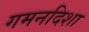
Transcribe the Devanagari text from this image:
गमनदिशा